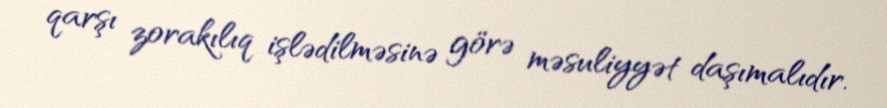
qarşı zorakılıq işlədilməsinə görə məsuliyyət daşımalıdır.